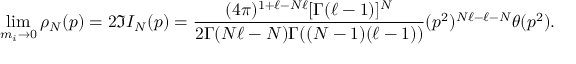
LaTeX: \operatorname * { l i m } _ { m _ { i } \rightarrow 0 } \rho _ { N } ( p ) = 2 \Im I _ { N } ( p ) = \frac { ( 4 \pi ) ^ { 1 + \ell - N \ell } [ \Gamma ( \ell - 1 ) ] ^ { N } } { 2 \Gamma ( N \ell - N ) \Gamma ( ( N - 1 ) ( \ell - 1 ) ) } ( p ^ { 2 } ) ^ { N \ell - \ell - N } \theta ( p ^ { 2 } ) .